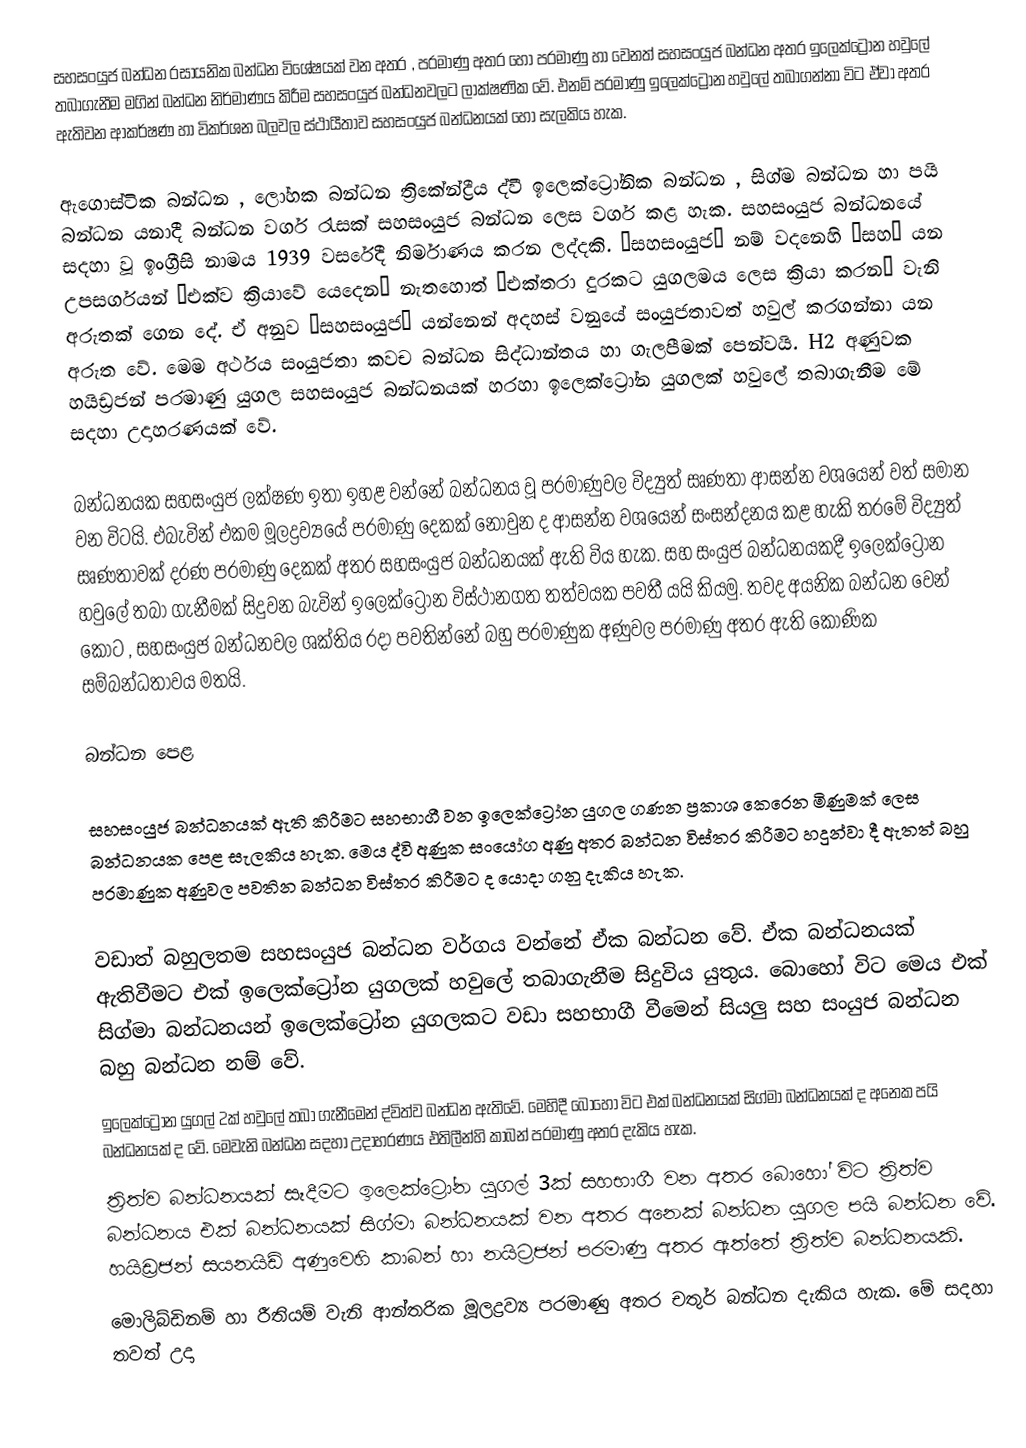
සහසංයුජ බන්ධන රසායනික බන්ධන විශේෂයක් වන අතර , පරමාණු අතර හෝ පරමාණු හා වෙනත් සහසංයුජ බන්ධන අතර ඉලෙක්ට්‍රෝන හවුලේ තබාගැනීම මගින් බන්ධන නිර්මාණය කිරීම සහසංයුජ බන්ධනවලට ලාක්ෂණික වේ. එනම් පරමාණු ඉලෙක්ට්‍රෝන හවුලේ තබාගන්නා විට ඒවා අතර ඇතිවන ආකර්ෂණ හා විකර්ශන බලවල ස්ථායීතාව සහසංයුජ බන්ධනයක් හෝ සැලකිය හැක.

ඇගොස්ටික බන්ධන , ලෝහක බන්ධන ත්‍රිකේන්ද්‍රීය ද්වී ඉලෙක්ට්‍රෝනික බන්ධන , සිග්ම බන්ධන හා පයි බන්ධන යනාදී බන්ධන වර්ග රැසක් සහසංයුජ බන්ධන ලෙස වර්ග කළ හැක. සහසංයුජ බන්ධනයේ සදහා වූ ඉංග්‍රීසි නාමය 1939 වසරේදී නිර්මාණය කරන ලද්දකි. “සහසංයුජ” නම් වදනෙහි “සහ” යන උපසර්ගයන් “එක්ව ක්‍රියාවේ යෙදෙන” නැතහොත් “එක්තරා දුරකට යුගලමය ලෙස ක්‍රියා කරන” වැනි අරුතක් ගෙන දේ. ඒ අනුව “සහසංයුජ” යන්නෙන් අදහස් වනුයේ සංයුජතාවත් හවුල් කරගන්නා යන අරුත වේ. මෙම අර්ථය සංයුජතා කවච බන්ධන සිද්ධාන්තය හා ගැලපීමක් පෙන්වයි. H2 අණුවක හයිඩ්‍රජන් පරමාණු යුගල සහසංයුජ බන්ධනයක් හරහා ඉලෙක්ට්‍රෝන යුගලක් හවුලේ තබාගැනීම මේ සදහා උදාහරණයක් වේ.

බන්ධනයක සහසංයුජ ලක්ෂණ ඉතා ඉහළ වන්නේ බන්ධනය වූ පරමාණුවල විද්‍යුත් සෘණතා ආසන්න වශයෙන් වත් ‍සමාන වන විටයි. එබැවින් එකම මූලද්‍රව්‍යයේ පරමාණු දෙකක් නොවුන ද ආසන්න වශයෙන් සංසන්දනය කළ හැකි තරමේ විද්‍යුත් සෘණතාවක් දරණ පරමාණු දෙකක් අතර සහසංයුජ බන්ධනයක් ඇති විය හැක. සහ සංයුජ බන්ධනයකදී ඉලෙක්ට්‍රෝන හවුලේ තබා ගැනීමක් සිදුවන බැවින් ඉලෙක්ට්‍රෝන විස්ථානගත තත්වයක පවතී යයි කියමු. තවද අයනික බන්ධන වෙන් කොට , සහසංයුජ බන්ධනවල ශක්තිය රදා පවතින්නේ බහු පරමාණුක අණුවල පරමාණු අතර ඇති කෝණික සම්බන්ධතාවය මතයි.

බන්ධන පෙළ

සහසංයුජ බන්ධනයක් ඇති කිරීමට සහභාගී වන ඉලෙක්ට්‍රෝන යුගල ගණන ප්‍රකාශ කෙරෙන  මිණුමක් ලෙස බන්ධනයක පෙළ සැලකිය හැක. මෙය ද්වි අණුක සංයෝග අණු අතර බන්ධන විස්තර කිරීමට හදුන්වා දී ඇතත් බහු පරමාණුක අණුවල පවතින බන්ධන විස්තර කිරීමට ද යොදා ගනු දැකිය හැක.

වඩාත් බහුලතම සහසංයුජ බන්ධන වර්ගය වන්නේ ඒක බන්ධන වේ. ඒක බන්ධනයක් ඇතිවීමට එක් ඉලෙක්ට්‍රෝන යුගලක් හවුලේ තබාගැනීම සිදුවිය යුතුය. බොහෝ විට මෙය එක් සිග්මා බන්ධනයන් ඉලෙක්ට්‍රෝන යුගලකට වඩා සහභාගී වීමෙන් සියලු සහ සංයුජ බන්ධන බහු බන්ධන නම් වේ.
ඉලෙක්ට්‍රෝන යුගල් 2ක් හවුලේ තබා ගැනීමෙන් ද්විත්ව බන්ධන ඇති‍වේ. මෙහිදී බොහෝ විට එක් බන්ධනයක් සිග්මා බන්ධනයක් ද අනෙක පයි බන්ධනයක් ද වේ. මෙවැනි බන්ධන සදහා උදාහරණය එතිලීන්හි කාබන් පරමාණු අතර දැකිය හැක.
ත්‍රිත්ව බන්ධනයක් සෑදීමට ඉලෙක්ට්‍රෝන යුගල් 3ක් සහභාගී වන අතර බොහෝ විට ත්‍රිත්ව බන්ධනය එක් බන්ධනයක් සිග්මා බන්ධනයක් වන අතර අනෙක් බන්ධන යුගල පයි බන්ධන වේ. හයිඩ්‍රජන් සයනයිඩ් අණුවෙහි කාබන් හා නයිට්‍රජන් පරමාණු අතර ඇත්තේ ත්‍රිත්ව බන්ධනයකි.
මොලිබ්ඩිනම් හා රීතියම් වැනි ආන්තරික මූලද්‍රව්‍ය පරමාණු අතර චතුර් බන්ධන දැකිය හැක. මේ සදහා තවත් උදා